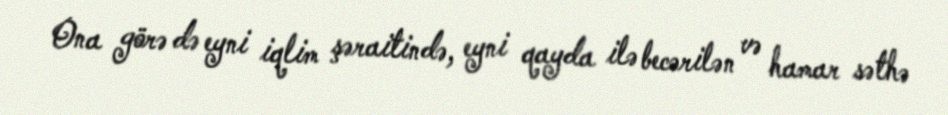
Ona görə də eyni iqlim şəraitində, eyni qayda ilə becərilən və hamar səthə